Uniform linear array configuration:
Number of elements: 48
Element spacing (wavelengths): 1
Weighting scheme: uniform
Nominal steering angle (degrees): -45
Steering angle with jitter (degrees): -45.931
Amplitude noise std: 0.05
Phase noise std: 0.05

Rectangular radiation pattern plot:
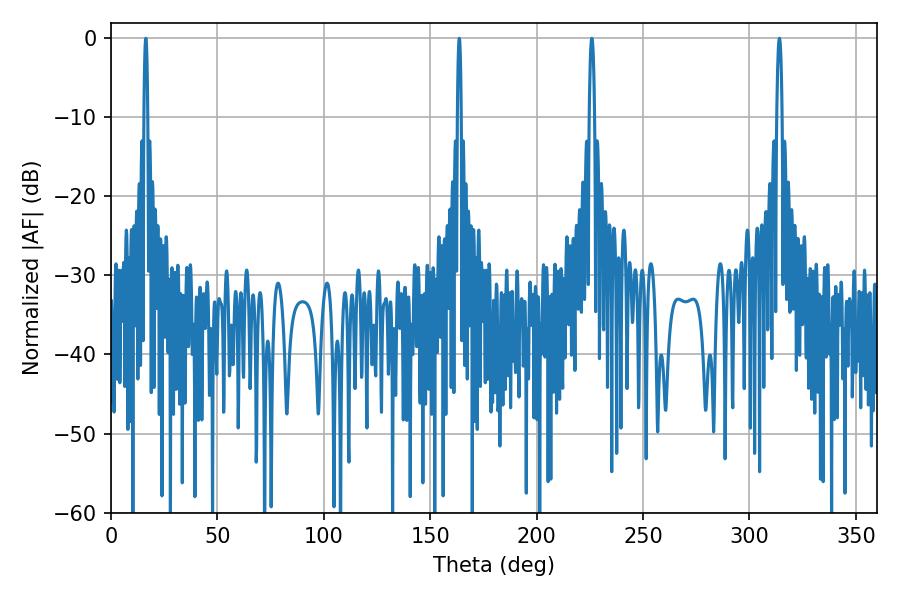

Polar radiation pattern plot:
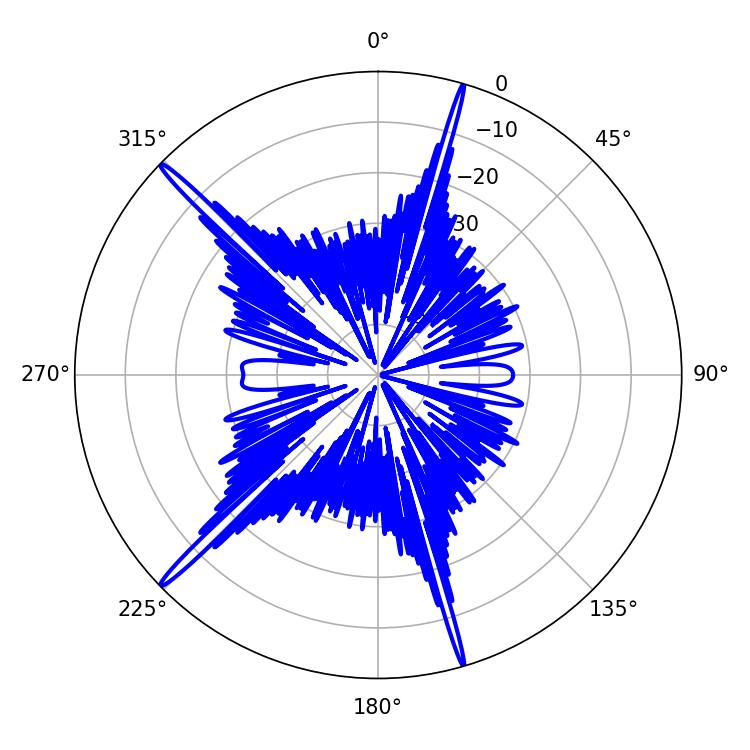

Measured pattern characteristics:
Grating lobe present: TRUE
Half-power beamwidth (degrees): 1.44
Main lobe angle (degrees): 225.9